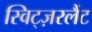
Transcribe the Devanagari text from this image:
स्विट्ज़रलैंट